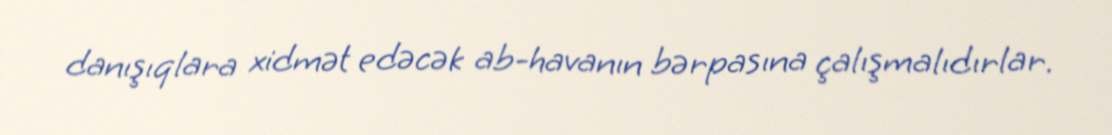
danışıqlara xidmət edəcək ab-havanın bərpasına çalışmalıdırlar.